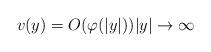
LaTeX: \begin{align*}v(y) = O(\varphi(|y|))|y|\to \infty\end{align*}